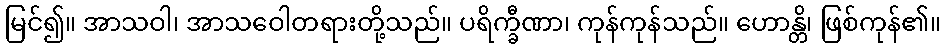
မြင်၍။ အာသဝါ၊ အာသဝေါတရားတို့သည်။ ပရိက္ခီဏာ၊ ကုန်ကုန်သည်။ ဟောန္တိ၊ ဖြစ်ကုန်၏။